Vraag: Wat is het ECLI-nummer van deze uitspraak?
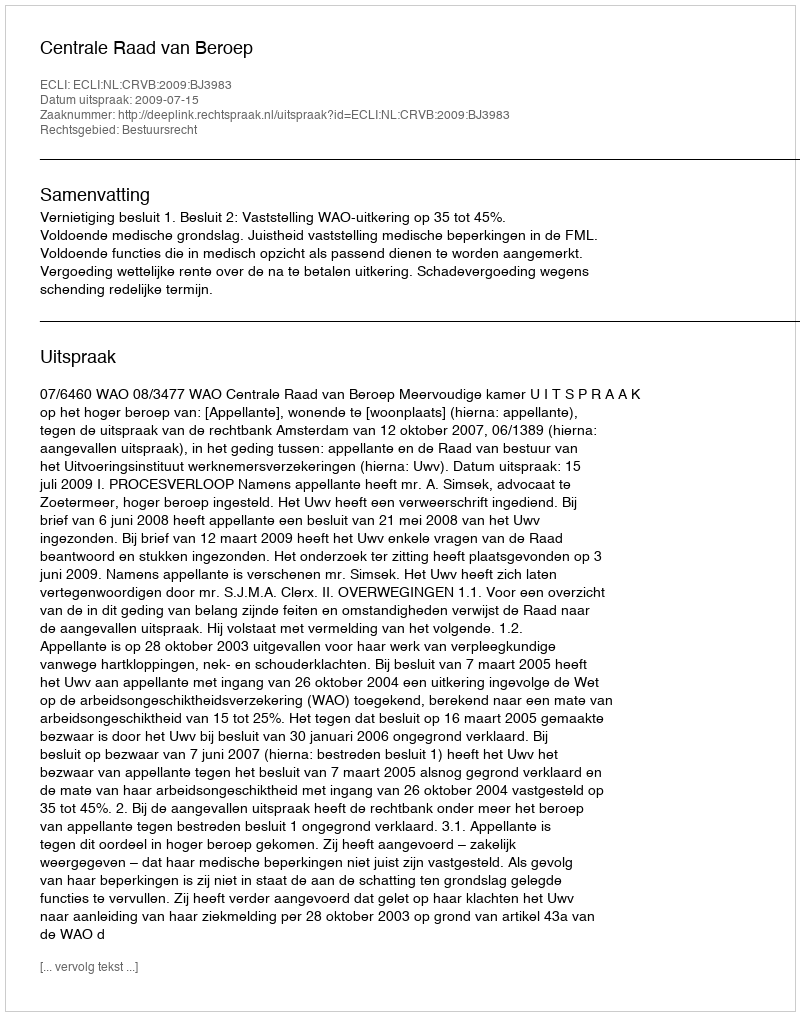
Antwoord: ECLI:NL:CRVB:2009:BJ3983